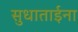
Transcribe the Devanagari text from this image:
सुधाताईना